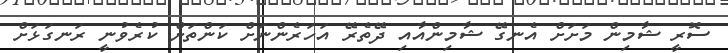
ސޮރީ ޝާމިން މަށަށް އެނގޭ ޝާމިންއާއި ދޭތެރޭ އަހަރެންނަށް ކަންތަށް ކުރެވުނީ ރަނގަޅަށް